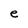
Character: e